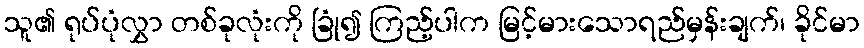
သူ၏ ရုပ်ပုံလွှာ တစ်ခုလုံးကို ခြုံ၍ ကြည့်ပါက မြင့်မားသောရည်မှန်းချက်၊ ခိုင်မာ